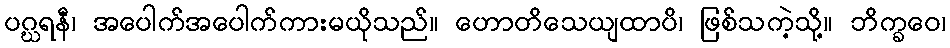
ပဂ္ဃရနီ၊ အပေါက်အပေါက်ကားမယိုသည်။ ဟောတိသေယျထာပိ၊ ဖြစ်သကဲ့သို့။ ဘိက္ခဝေ၊